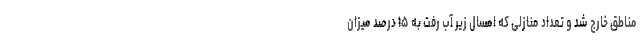
مناطق خارج شد و تعداد منازلی که امسال زیر آب رفت به ۱۵ درصد میزان